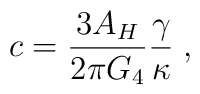
c=\frac{3A_H}{2\pi G_4}\frac{\gamma}{\kappa} \; ,